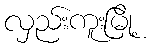
လှည်းကူးမြို့